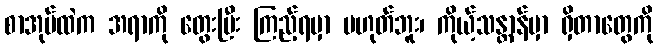
စာအုပ်ထဲက အရာကို တွေးပြီး ကြည့်ရမှာ မဟုတ်ဘူး၊ ကိုယ့်သန္တာန်မှာ ရှိတာတွေကို